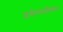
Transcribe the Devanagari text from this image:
अधीनस्थविधान